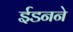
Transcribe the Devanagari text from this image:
ईडनने